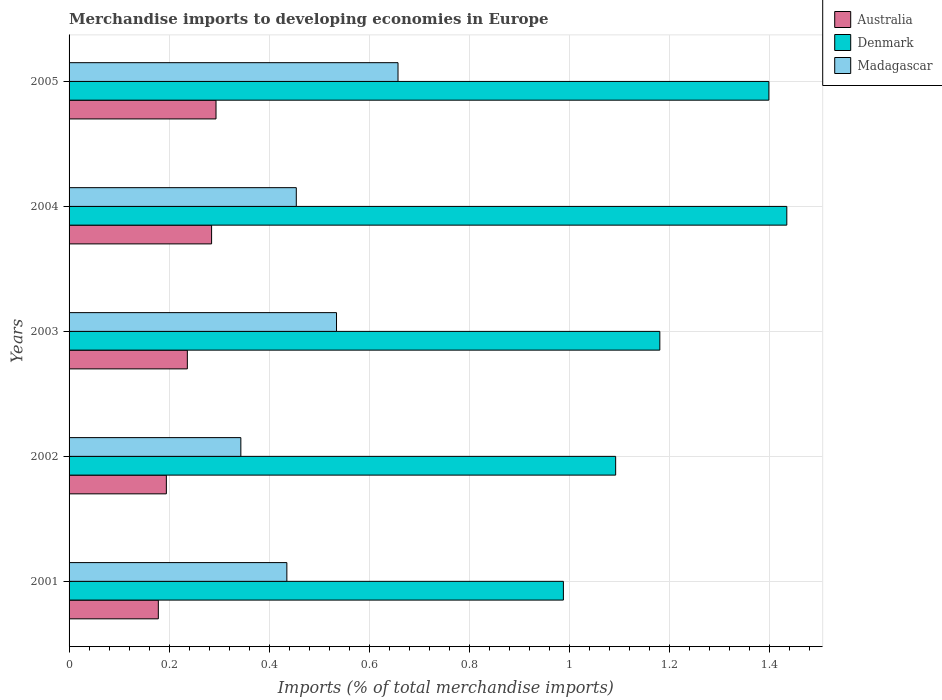
| Years | Australia | Denmark | Madagascar |
 | --- | --- | --- | --- |
 | 2001 | 0.178 | 0.988 | 0.435 |
 | 2002 | 0.194 | 1.09 | 0.343 |
 | 2003 | 0.236 | 1.18 | 0.534 |
 | 2004 | 0.285 | 1.43 | 0.454 |
 | 2005 | 0.294 | 1.4 | 0.657 |